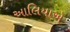
આલિયાએ